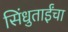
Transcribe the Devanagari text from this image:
सिंधुताईंचा